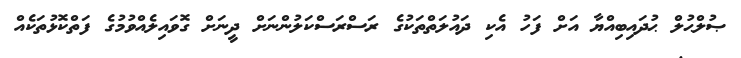
ޞުލްޙުލް ޙުދައިބިއްޔާ އަށް ފަހު އެކި ދައުލަތްތަކުގެ ރަސްރަސްކަލުންނަށް ދީނަށް ގޮވައިލެއްވުމުގެ ފަތްކޮޅުތަކެއް